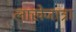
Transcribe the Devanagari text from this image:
लाखेजात्रा